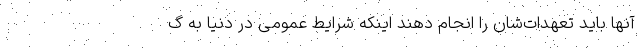
آنها باید تعهدات‌شان را انجام دهند اینکه شرایط عمومی در دنیا به گ